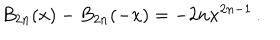
B _ { 2 n } ( x ) - B _ { 2 n } ( - x ) = - 2 n x ^ { 2 n - 1 } \, .